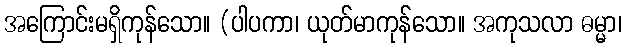
အကြောင်းမရှိကုန်သော။ (ပါပကာ၊ ယုတ်မာကုန်သော။ အကုသလာ ဓမ္မာ၊